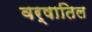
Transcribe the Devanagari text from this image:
वर्षातिल